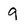
Character: 9